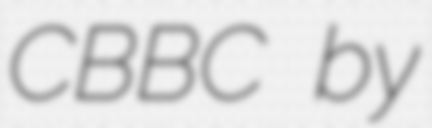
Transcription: CBBC by